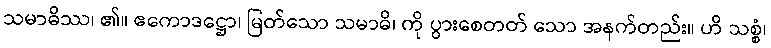
သမာဓိဿ၊ ၏။ ဧကောဒဋ္ဌော၊ မြတ်သော သမာဓိ၊ ကို ပွားစေတတ် သော အနက်တည်း။ ဟိ သစ္စံ၊